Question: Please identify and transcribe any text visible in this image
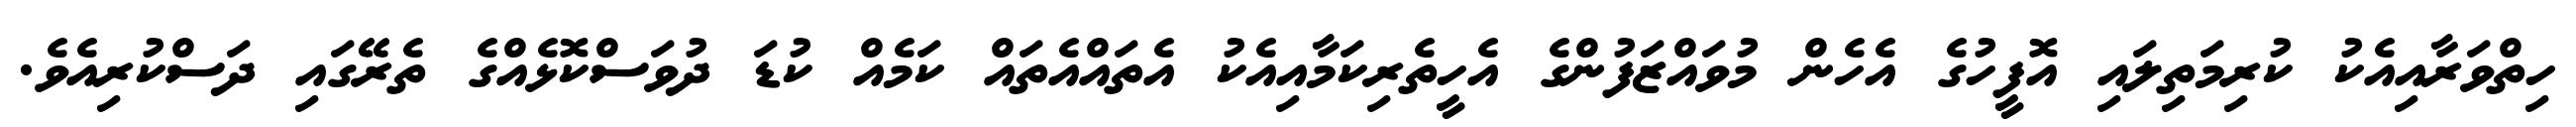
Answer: ހިތްވަރާއިއެކު ކުރިމަތިލައި އޮފީހުގެ އެހެން މުވައްޒަފުންގެ އެހީތެރިކަމާއިއެކު އެތައްއެތައް ކަމެއް ކުޑަ ދުވަސްކޮޅެއްގެ ތެރޭގައި ދަސްކުރިއެވެ.